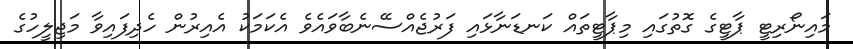
މައިނޯރިޓީ ޕާޓީގެ ގޮތުގައި މިޕާޓީތައް ކަނޑަނާޅައި ފަރުޖެއްސޭނެބާވައެވެ އެކަމަކު އެއިރުން ހެދިފައިވާ މަޖިލީހުގެ